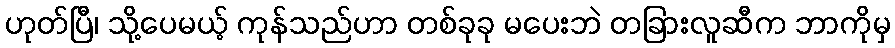
ဟုတ်ပြီ၊ သို့ပေမယ့် ကုန်သည်ဟာ တစ်ခုခု မပေးဘဲ တခြားလူဆီက ဘာကိုမှ